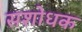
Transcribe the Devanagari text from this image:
सशोधक